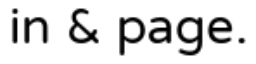
in & page.